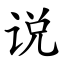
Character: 说